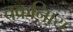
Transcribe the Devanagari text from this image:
चक्रनािय